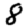
Digit: 8